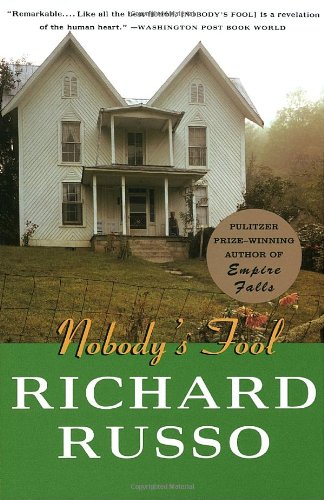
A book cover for Nobody's Fool; Richard Russo; Literature & Fiction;